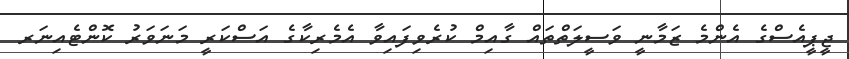
ޖީޕީއެސްގެ އެންމެ ޒަމާނީ ވަސީލަތްތައް ގާއިމް ކުރެވިފައިވާ އެމެރިކާގެ އަސްކަރީ މަނަވަރު ކޮންޓެއިނަރ